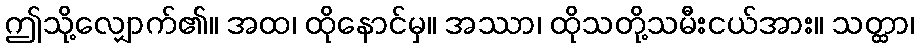
ဤသို့လျှောက်၏။ အထ၊ ထိုနောင်မှ။ အဿာ၊ ထိုသတို့သမီးငယ်အား။ သတ္ထာ၊